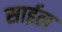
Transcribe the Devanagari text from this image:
साईल